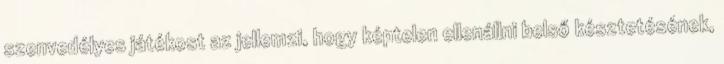
szenvedélyes játékost az jellemzi, hogy képtelen ellenállni belső késztetésének,